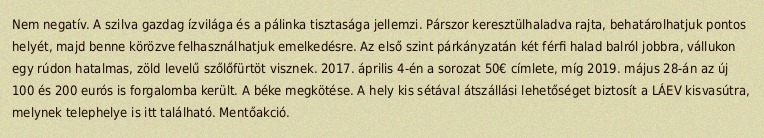
Nem negatív. A szilva gazdag ízvilága és a pálinka tisztasága jellemzi. Párszor keresztülhaladva rajta, behatárolhatjuk pontos helyét, majd benne körözve felhasználhatjuk emelkedésre. Az első szint párkányzatán két férfi halad balról jobbra, vállukon egy rúdon hatalmas, zöld levelű szőlőfürtöt visznek. 2017. április 4-én a sorozat 50€ címlete, míg 2019. május 28-án az új 100 és 200 eurós is forgalomba került. A béke megkötése. A hely kis sétával átszállási lehetőséget biztosít a LÁEV kisvasútra, melynek telephelye is itt található. Mentőakció.